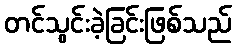
တင်သွင်းခဲ့ခြင်းဖြစ်သည်